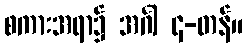
စကားအရာ၌ အင်္ဂါ ၄-တန်။